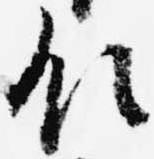
領